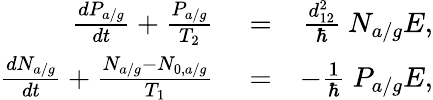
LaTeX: \begin{array}{rlr}{\frac{dP_{a/g}}{dt}+\frac{P_{a/g}}{T_{2}}}&{{}=}&{\frac{d_{12}^{2}}{\hbar}\ N_{a/g}E,}\\ {\frac{dN_{a/g}}{dt}+\frac{N_{a/g}-N_{0,a/g}}{T_{1}}}&{{}=}&{-\frac{1}{\hbar}\ P_{a/g}E,}\end{array}